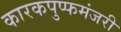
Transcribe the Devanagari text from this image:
कारकपुप्फमंजरी